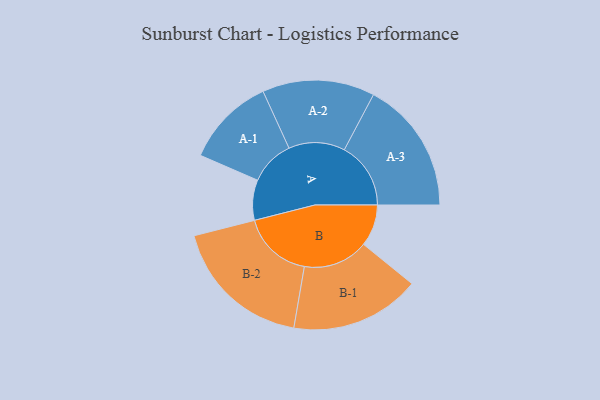
{"axis": {"x": "Segment", "y": "Value"}, "legend": ["", "A", "B"], "data": [{"x": "A", "y": 165, "type": ""}, {"x": "B", "y": 171, "type": ""}, {"x": "A-1", "y": 184, "type": "A"}, {"x": "A-2", "y": 230, "type": "A"}, {"x": "A-3", "y": 272, "type": "A"}, {"x": "B-1", "y": 266, "type": "B"}, {"x": "B-2", "y": 289, "type": "B"}]}